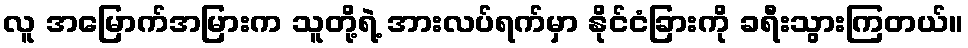
လူ အမြောက်အမြားက သူတို့ရဲ့ အားလပ်ရက်မှာ နိုင်ငံခြားကို ခရီးသွားကြတယ်။